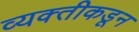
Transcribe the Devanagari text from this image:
व्यक्‍तीकडून